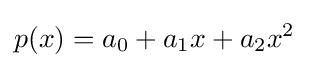
p(x)=a_{0}+a_{1}x+a_{2}x^{2}